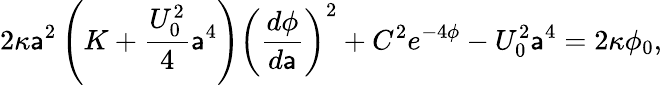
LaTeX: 2\kappa\mathsf{a}^{2}\left(K+\frac{{U_{0}^{2}}}{4}\mathsf{a}^{4}\right)\left(\frac{{d\phi}}{{d\mathsf{a}}}\right)^{2}+C^{2}e^{-4\phi}-U_{0}^{2}\mathsf{a}^{4}=2\kappa\phi_{0},